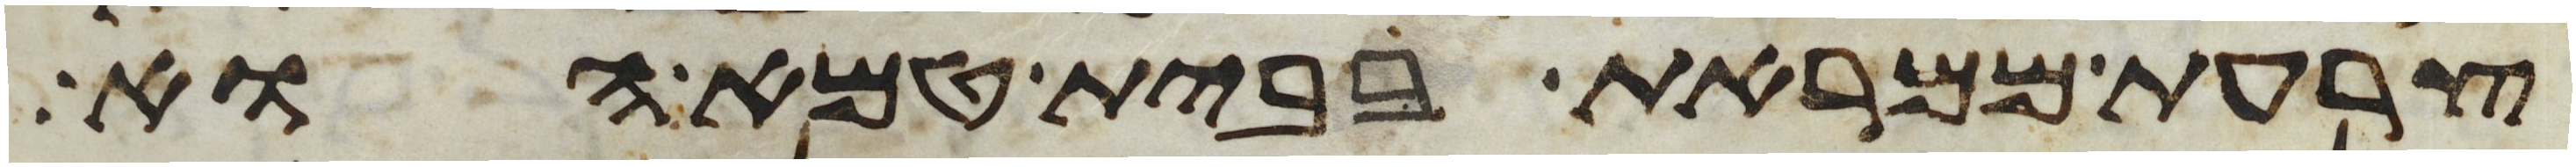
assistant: צרעת ממראת בבית טמא הוא